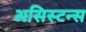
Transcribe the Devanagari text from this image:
असिस्टन्स